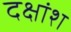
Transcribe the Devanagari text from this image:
दक्षांश